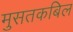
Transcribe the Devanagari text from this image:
मुसतकबिल